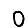
Digit: 0